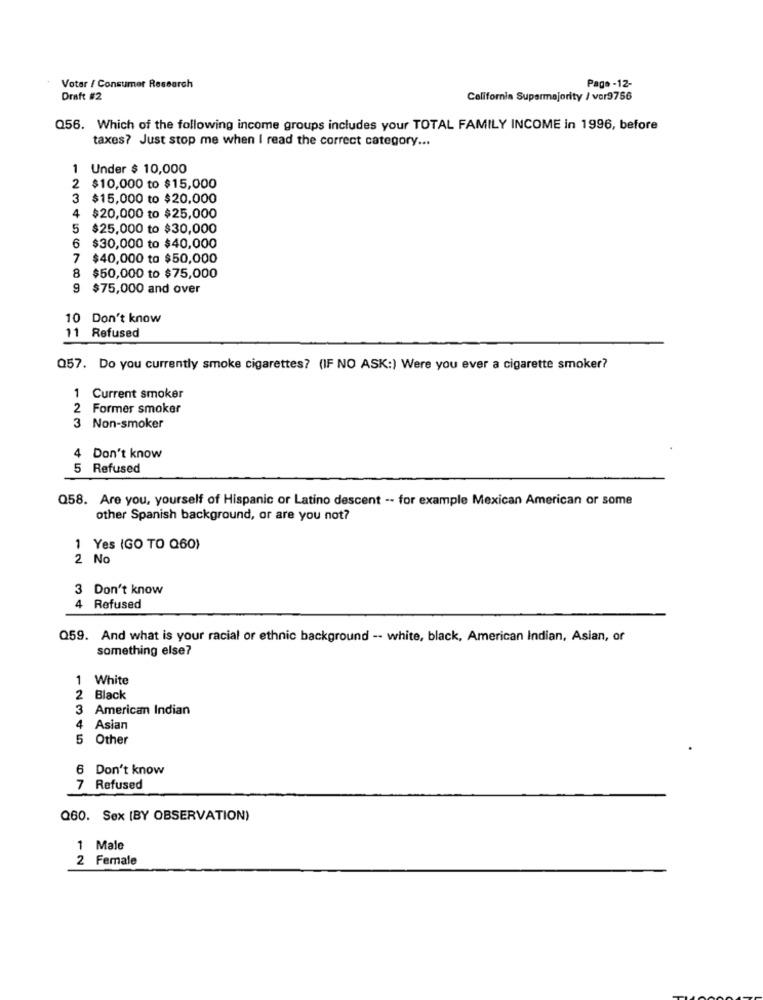
Votar / Consumer Research
Page -12-
Draft #2
California Supermajority / vor9756
Q56. Which of the following income groups includes your TOTAL FAMILY INCOME in 1996, before
taxes? Just stop me when I read the correct category ...
1 Under $ 10,000
2 $10,000 to $15,000
3
$15,000 to $20,000
4
$20,000 to $25,000
5
$25,000 to $30,000
6
$30,000 to $40,000
7
$40,000 to $50,000
8
$50,000 to $75,000
9 $75,000 and over
10 Don't know
11 Refused
Q57. Do you currently smoke cigarettes? (IF NO ASK:) Were you ever a cigarette smoker?
1 Current smoker
2 Former smoker
Non-smoker
4 Don't know
5 Refused
Q58. Are you, yourself of Hispanic or Latino descent -- for example Mexican American or some
other Spanish background, or are you not?
1 Yes (GO TO Q60)
2 No
3 Don't know
4 Refused
Q59. And what is your racial or ethnic background -- white, black, American Indian, Asian, or
something else?
1 White
2 Black
3 American Indian
4 Asian
5 Other
6 Don't know
7 Refused
Q60. Sex [BY OBSERVATION)
1 Male
2 Female